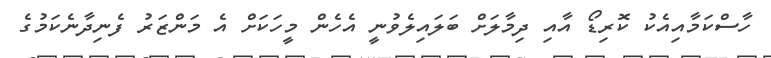
ހާސްކަމާއިއެކު ކޮރިޑޯ އާއި ދިމާލަށް ބަލައިލެވުނީ އެހެން މީހަކަށް އެ މަންޒަރު ފެނިދާނެކަމުގެ